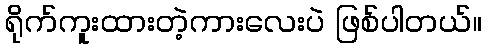
ရိုက်ကူးထားတဲ့ကားလေးပဲ ဖြစ်ပါတယ်။